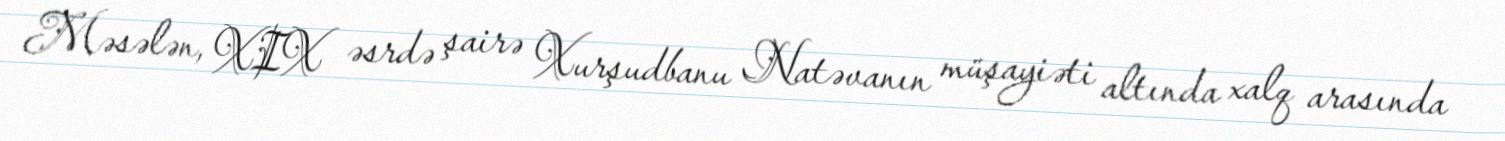
Məsələn, XIX əsrdə şairə Xurşudbanu Natəvanın müşayiəti altında xalq arasında